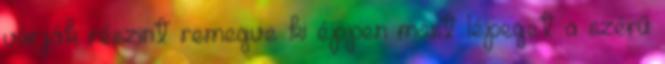
várják részint remegve ki éppen most lépeget a szérű